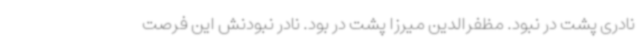
نادری پشت در نبود. مظفرالدین میرزا پشت در بود. نادر نبودنش این فرصت